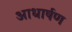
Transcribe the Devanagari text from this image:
आधार्षण